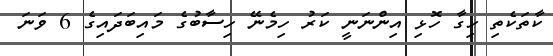
ކާތަކެތި ހިގާ ހޮޅި އިންނަނީ ކަރު ހިމެނޭ ހިސާބުގެ މައިބަދައިގެ 6 ވަނަ